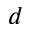
d